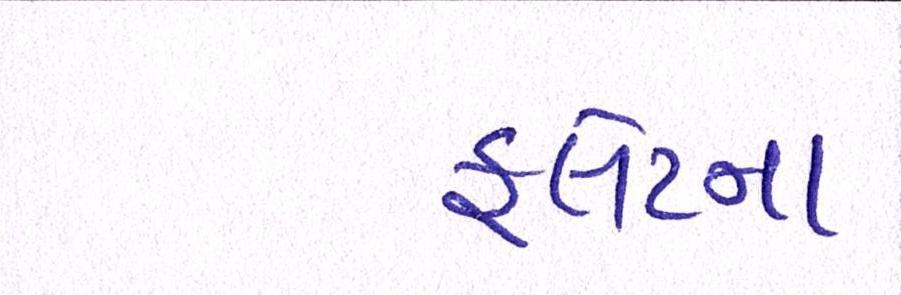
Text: ફ્લેટના